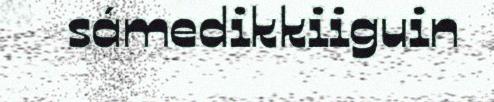
sámedikkiiguin